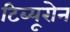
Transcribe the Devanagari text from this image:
टिब्यूरोन